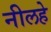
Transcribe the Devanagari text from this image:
नीलहे